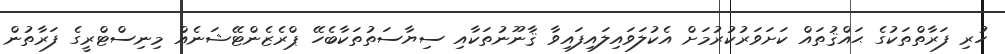
ހުރި ފަރާތްތަކުގެ ޙައްޤުތައް ކަށަވަރުކުރުމަށް އެކުލަވައިލައިފައިވާ ޤާނޫނުތަކާއި ސިޔާސަތުތަކާބެހޭ ޕްރެޒެންޓޭޝަނެއް މިނިސްޓްރީގެ ފަރާތުން